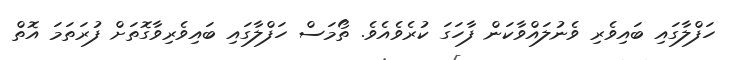
ހަފްލާގައި ބައިވެރި ވެނުލައްވާކަން ފާހަގަ ކުރެވެއެވެ. ތޯމަސް ހަފްލާގައި ބައިވެރިވާގޮތަށް ފުރަތަމަ އޮތް